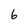
Character: 6